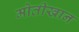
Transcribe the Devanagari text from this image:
मोतीखान